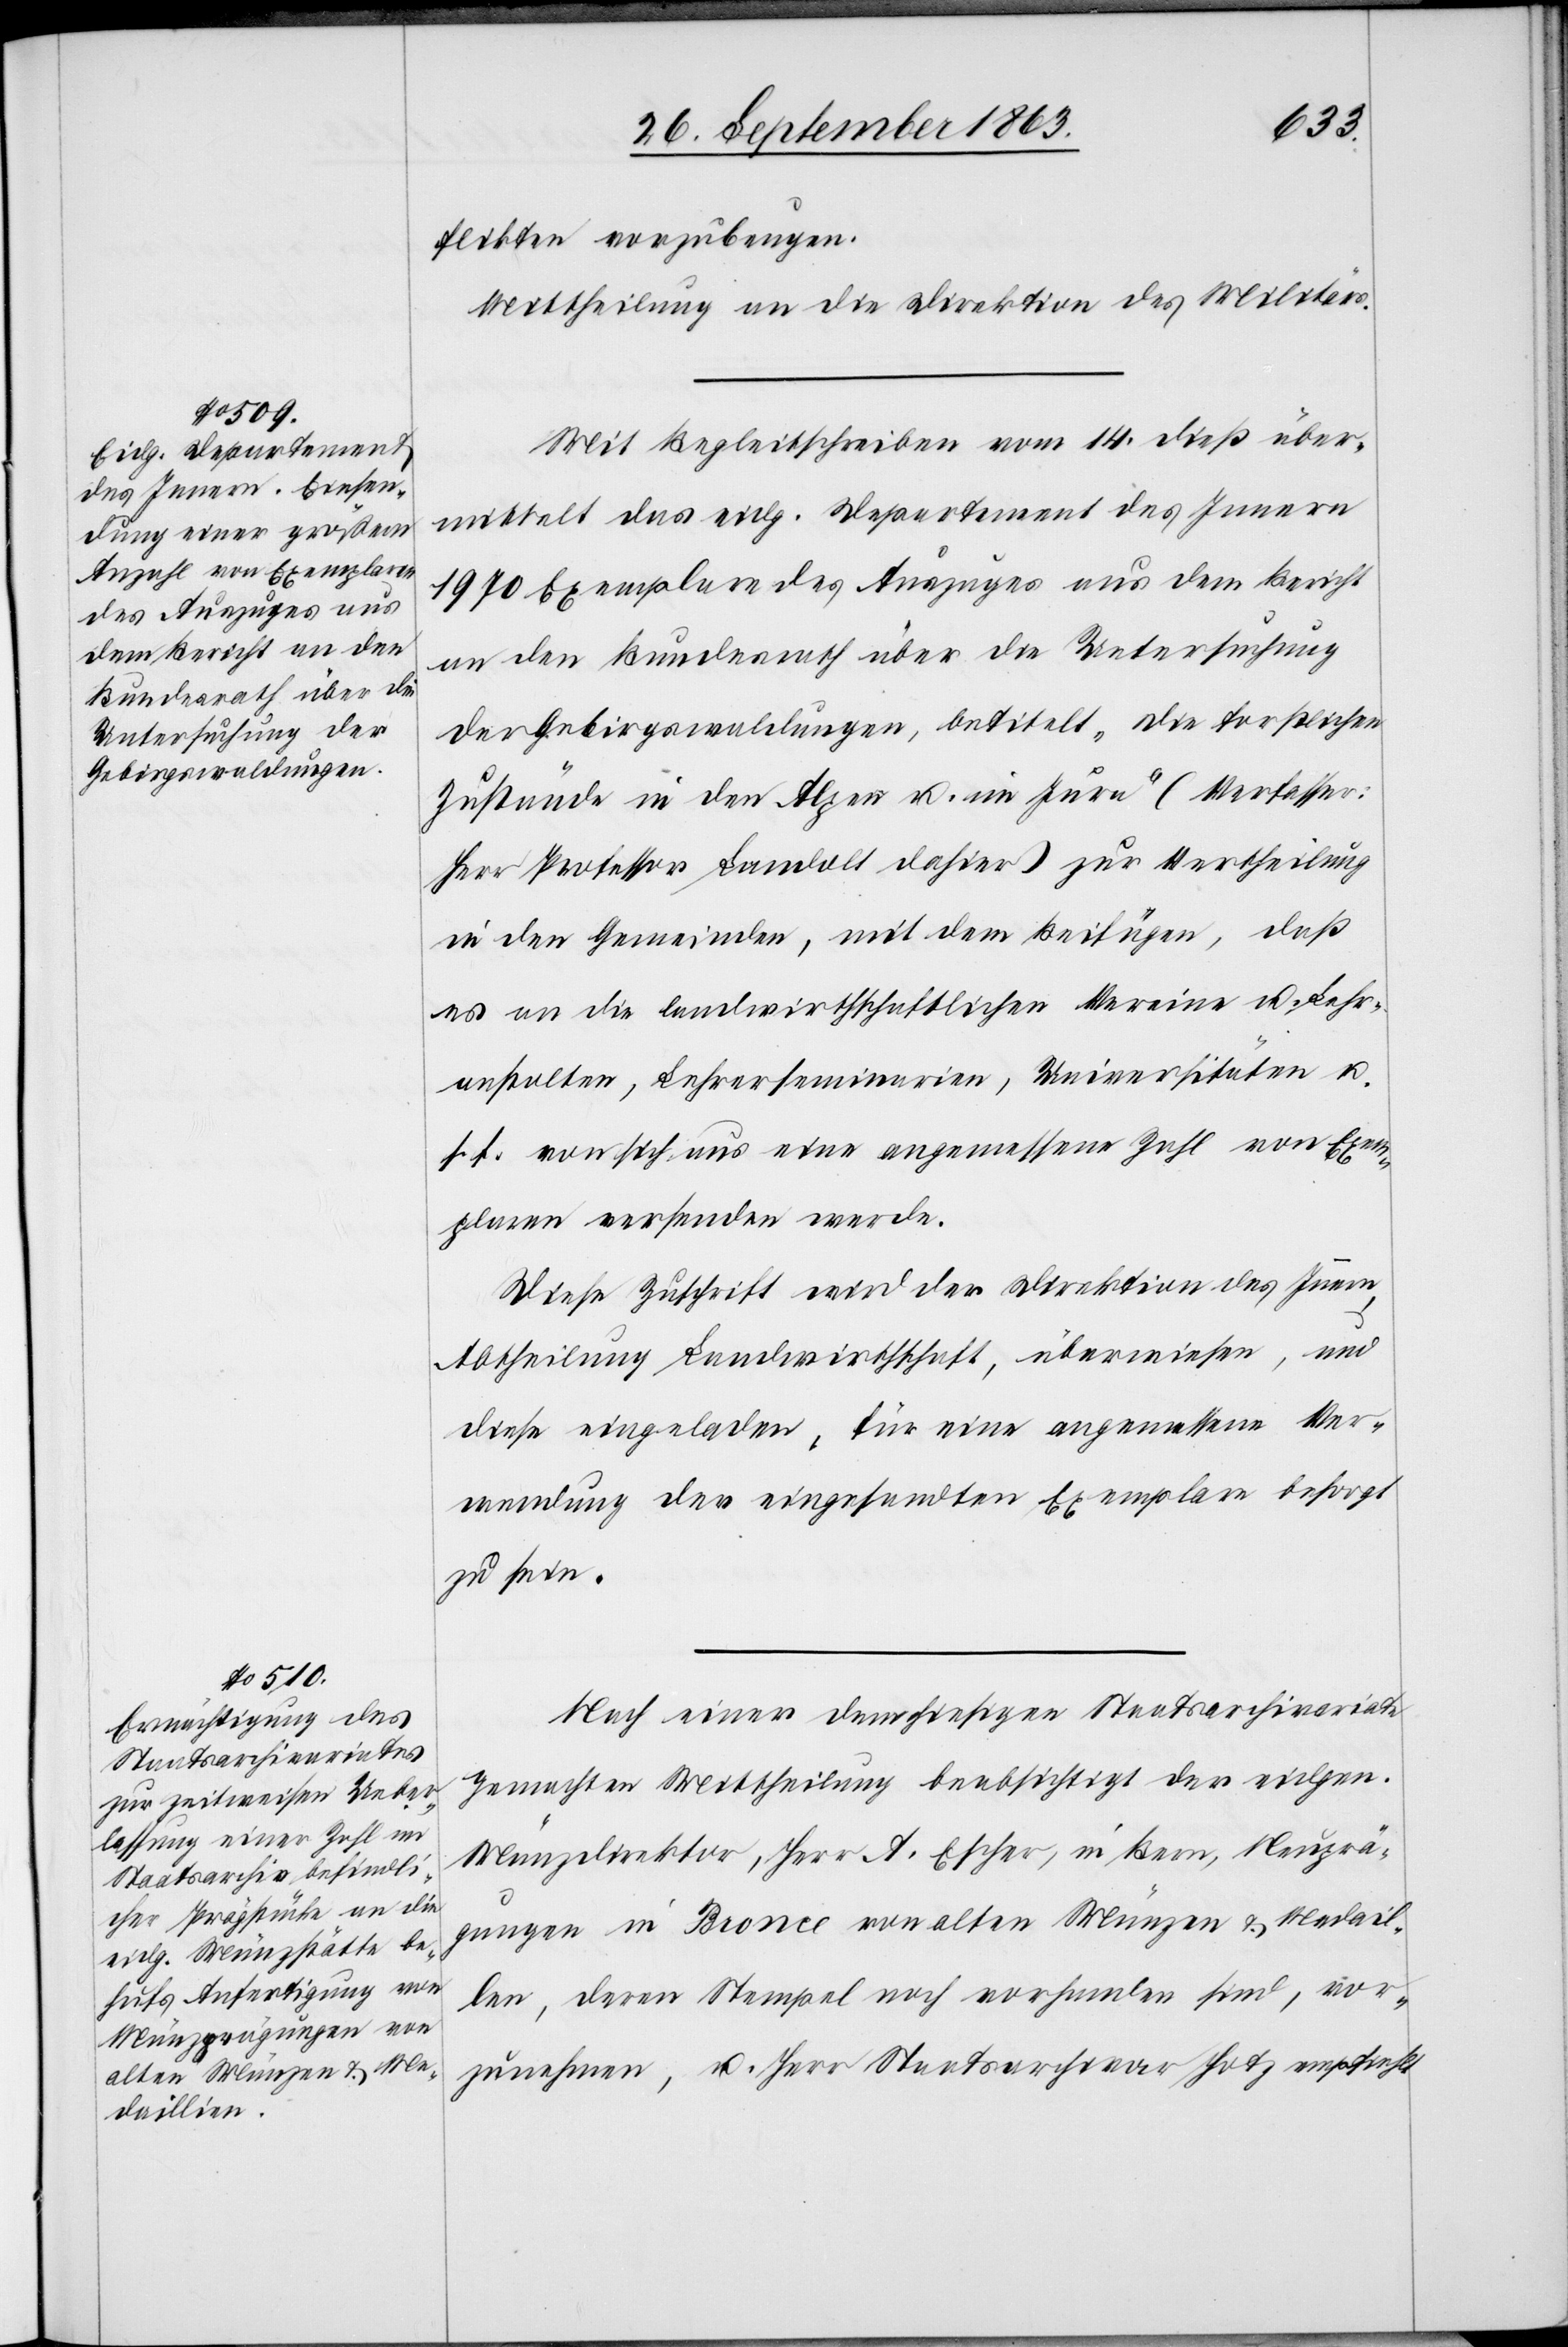
flikten vorzubeugen.
Mittheilung an die Direktion des Militärs.
Mit Begleitschreiben vom 14. dieß über¬
mittelt das eidg. Departement des Innern
1970 Exemplare des Auszuges aus dem Bericht
an den Bundesrath über die Untersuchung
der Gebirgswaldungen, betitelt „die forstlichen
Zustände in den Alpen u. im Jura“ (Verfasser:
Herr Professor Landolt dahier) zur Vertheilung
in den Gemeinden, mit dem Beifügen, daß
es an die landwirthschaftlichen Vereine u. Lehr¬
anstalten, Lehrerseminarien, Universitäten u.
s. f. von sich aus eine angemessene Zahl von Exem¬
plaren versenden werde.
Diese Zuschrift wird der Direktion des Innern,
Abtheilung Landwirthschaft, überwiesen, und
diese eingeladen, für eine angemessene Ver¬
wendung der eingesandten Exemplare besorgt
zu sein.
Nach einer dem hiesigen Staatsarchivariate
gemachten Mittheilung beabsichtigt der eidgen.
Münzdirektor, Herr A. Escher, in Bern, Neuprä¬
gungen in Bronce von alten Münzen & Medail¬
len deren Stempel noch vorhanden sind, vor¬
zunehmen, u. Herr Staatsarchivar Hotz empfiehlt